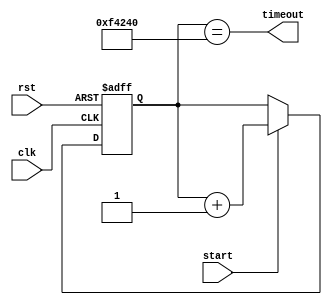
module IntervalTimer (
    input wire clk,
    input wire rst,
    input wire start,
    output wire timeout
);

reg [31:0] counter;
reg [31:0] interval = 1000000; // 1 second interval
reg [31:0] timer;

assign timeout = (timer == interval);

always @(posedge clk or posedge rst) begin
    if (rst) begin
        counter <= 0;
        timer <= 0;
    end else begin
        counter <= counter + 1;
        if (start) begin
            timer <= timer + 1;
            if (counter == 100000) begin // increment timer every 100000 clock cycles
                counter <= 0;
            end
        end
    end
end

endmodule